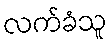
လက်ခံသူ